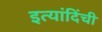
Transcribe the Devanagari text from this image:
इत्यांदिंची